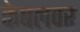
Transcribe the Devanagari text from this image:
केबलवर